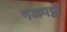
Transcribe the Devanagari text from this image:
गळपट्टी